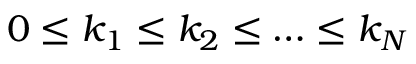
0 \le k _ { 1 } \le k _ { 2 } \le \dots \le k _ { N }